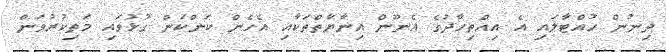
ދިނުން ހުއްޓާލައި އެ އިއްތިހާދުގެ އެނޫން އިނާޔާތްތަކާއި އެހެން ކަންކަން ގުޅުވައި މަތިކުރުވަން